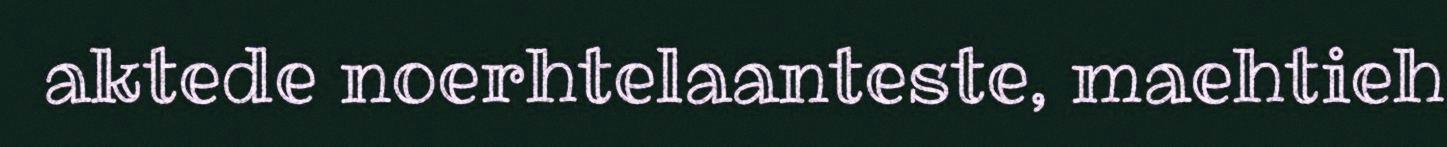
aktede noerhtelaanteste, maehtieh